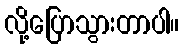
လို့ပြောသွားတာပါ။